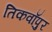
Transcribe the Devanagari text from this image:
तिकवाँपुर